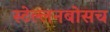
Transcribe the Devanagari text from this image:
स्‍टेल्‍लनबोसच